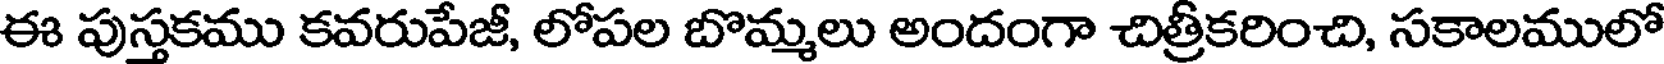
ఈ పుస్తకము కవరుపేజీ, లోపల బొమ్మలు అందంగా చిత్రీకరించి, సకాలములో